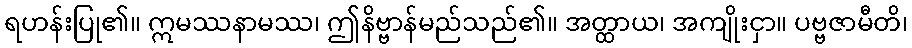
ရဟန်းပြု၏။ ဣမဿနာမဿ၊ ဤနိဗ္ဗာန်မည်သည်၏။ အတ္ထာယ၊ အကျိုးငှာ။ ပဗ္ဗဇာမီတိ၊